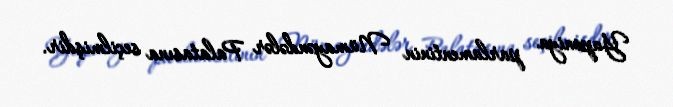
Yaponiya parlamentinin Nümayəndələr Palatasına seçilmişdir.